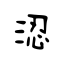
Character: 涊